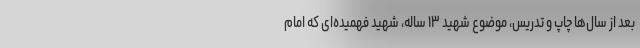
بعد از سال‌ها چاپ و تدریس، موضوع شهید ۱۳ ساله، شهید فهمیده‌ای که امام